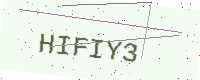
Text: HIFIY3